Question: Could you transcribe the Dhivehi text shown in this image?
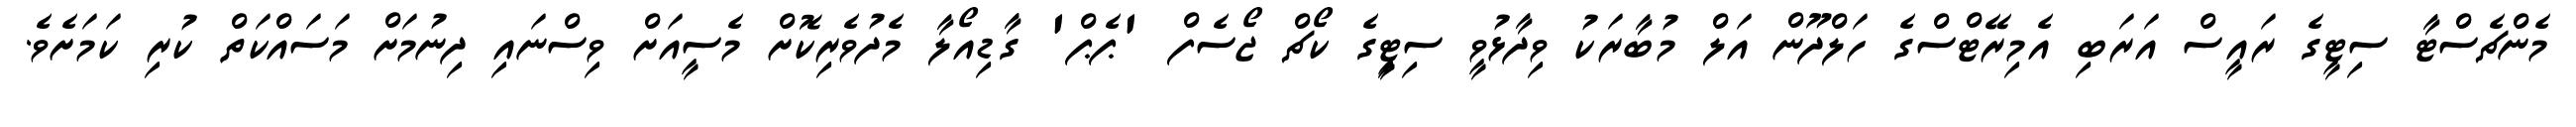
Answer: މެންޗެސްޓާ ސިޓީގެ ރައީސް އަރަބި އެމިރޭޓްސްގެ ހަލްދޫން އަލް މުބާރަކު ވިދާޅުވީ ސިޓީިގެ ކޯޗް ޖޯސެފް 'ޕެޕް' ގާޑިއޯލާ މެދުވެރިކޮށް މެސީއަށް ވިސްނައި ދިނުމަށް މަސައްކަތް ކުރި ކަމަށެވެ.